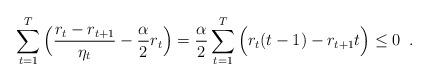
LaTeX: \begin{align*}\sum_{t=1}^{T}\Big(\frac{r_t - r_{t+1}}{\eta_t} - \frac{\alpha}{2}r_t\Big)=\frac{\alpha}{2}\sum_{t=1}^{T}\Big(r_t(t - 1) - r_{t+1}t\Big) \leq 0 \enspace.\end{align*}